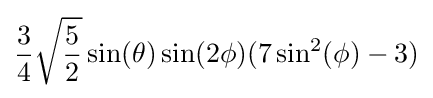
{\frac {3}{4}}{\sqrt {\frac {5}{2}}}\sin(\theta )\sin(2\phi )(7\sin ^{2}(\phi )-3)